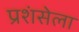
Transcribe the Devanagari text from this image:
प्रशंसेला